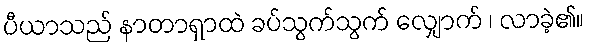
ပီယာသည် နာတာရှာထဲ ခပ်သွက်သွက် လျှောက် ၊ လာခဲ့၏။